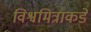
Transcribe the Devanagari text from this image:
विश्वमित्राकडे